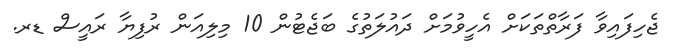
ޖެހިފައިވާ ފަރާތްތަކަށް އެހީވުމަށް ދައުލަތުގެ ބަޖެޓުން 10 މިލިއަން ރުފިޔާ ރައީސް ޑރ.